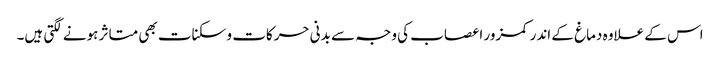
اس کے علاوہ دماغ کے اندر کمزور اعصاب کی وجہ سے بدنی حرکات و سکنات بھی متاثر ہونے لگتی ہیں۔